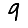
Digit: 9